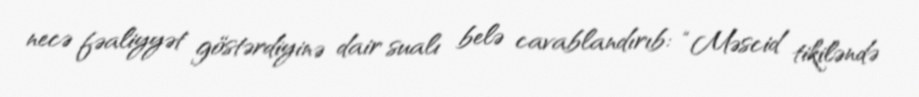
necə fəaliyyət göstərdiyinə dair sualı belə cavablandırıb: “Məscid tikiləndə